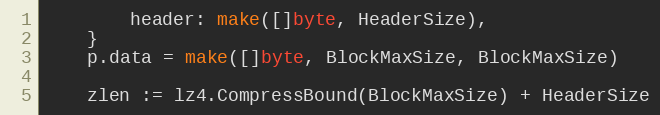
Language: Go
		header: make([]byte, HeaderSize),
	}
	p.data = make([]byte, BlockMaxSize, BlockMaxSize)

	zlen := lz4.CompressBound(BlockMaxSize) + HeaderSize